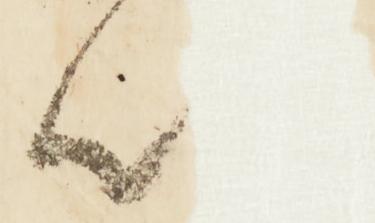
以